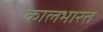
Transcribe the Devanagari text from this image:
कालभारत